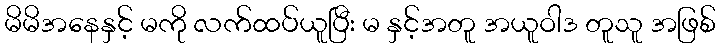
မိမိအနေနှင့် မကို လက်ထပ်ယူပြီး မ နှင့်အတူ အယူဝါဒ တူသူ အဖြစ်